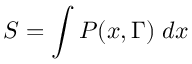
S = \int P ( x , \Gamma ) \; d x